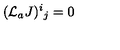
( { \cal L } _ { a } J ) ^ { i } { } _ { j } = 0